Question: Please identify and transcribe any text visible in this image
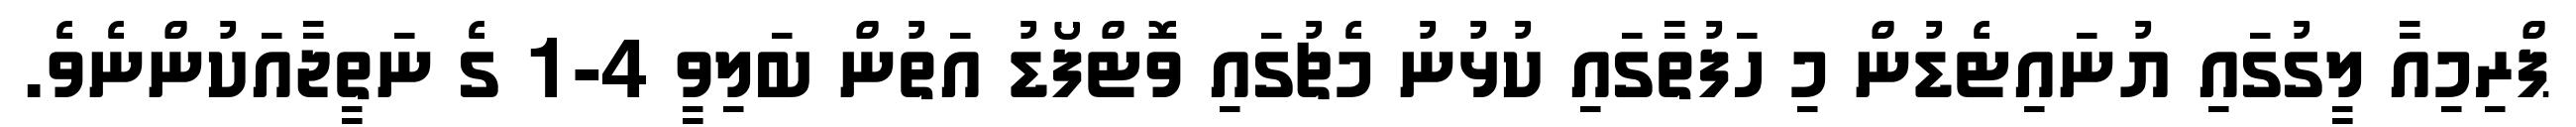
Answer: ޕްރިމިއާ ލީގުގައި ޔުނައިޓެޑުން މި ހަފުތާގައި ކުޅުނު މެޗުގައި ވޮޓްފޯޑު އަތުން ބަލިވީ 4-1 ގެ ނަތީޖާއަކުންނެވެ.